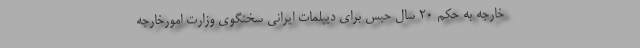
خارجه به حکم ۲۰ سال حبس برای دیپلمات ایرانی سخنگوی وزارت امورخارجه